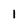
Character: 1